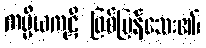
ကပ္ပိယကုဋိ ဖြစ်ပြန်သေး၏၊